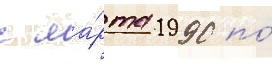
с ма́рта 1990 по́